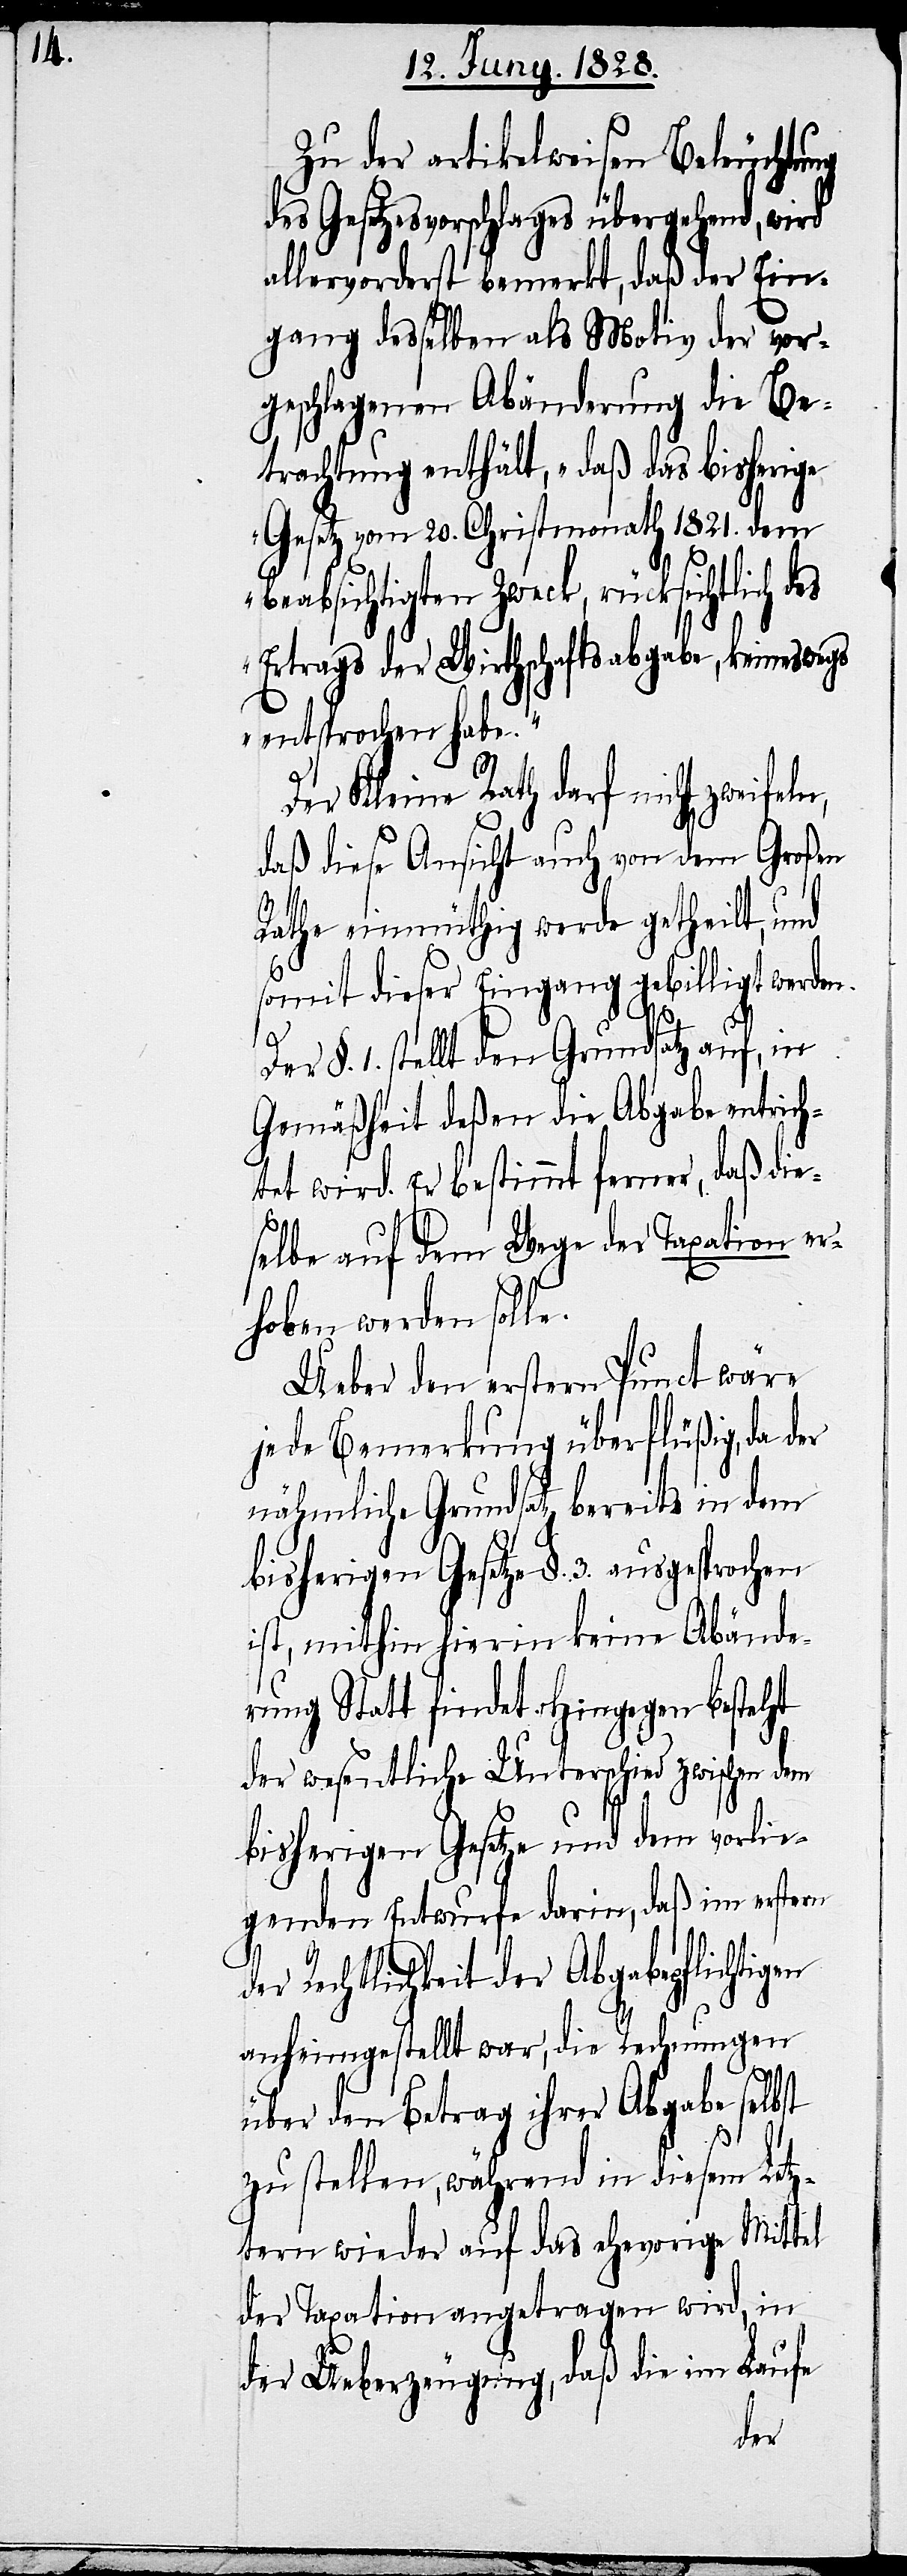
Zu der artikelweisen Beleuchtung
des Gesetzesvorschlages übergehend, wird
allervorderst bemerkt, daß der Ein¬
gang desselben als Motiv der vor¬
geschlagenen Abänderung die Be¬
trachtung enthält, „daß das bisherige
Gesetz vom 20. Christmonath 1821. dem
beabsichtigten Zweck, rücksichtlich des
Ertrags der Wirthschaftsabgabe, keineswegs
entsprochen habe.“
Der Kleine Rath darf nicht
daß diese Ansicht auch von dem Großen
Rathe einmüthig werde getheilt, und
somit dieser Eingang gebilligt werden.
Der §. 1. stellt den Grundsatz auf, in
Gemäßheit deßen die Abgabe entrich¬
tet wird. Er bestimmt ferner, daß die¬
selbe auf dem Wege der Taxation er¬
hoben werden solle.
Ueber den ersten Punct wäre
jede Bemerkung überflüßig, da der
nähmliche Grundsatz bereits in dem
bisherigen Gesetzes §. 3. ausgesprochen
ist, mithin hierin keine Abände¬
rung Statt findet. Hingegen besteht
der wesentliche Unterschied zwischen dem
bisherigen Gesetze und dem vorlie¬
genden Entwurfe darin, daß im erstern
der Rechtlichkeit der Abgabepflichtigen
anheimgestellt war, die Rechnungen
über den Betrag ihrer Abgabe selbst
zu stellen, während in diesem Letz¬
tern wieder auf das ehevorige Mittel
der Taxation angetragen wird, in
der Ueberzeugung, daß die im Laufe